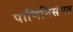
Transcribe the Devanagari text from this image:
पाणिनिसंमत